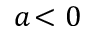
a \! < 0